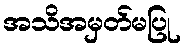
အသိအမှတ်မပြု